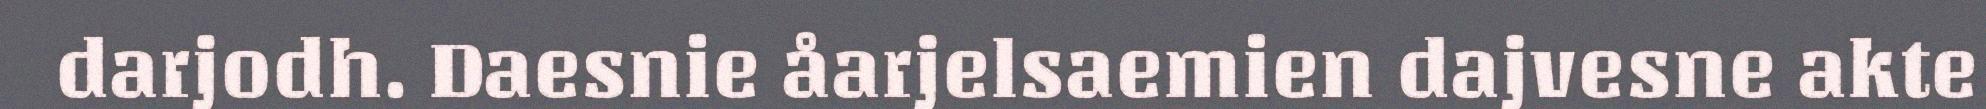
darjodh. Daesnie åarjelsaemien dajvesne akte